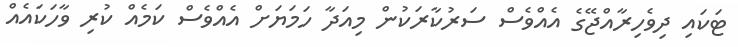
ޓަކައި ދިވެހިރާއްޖޭގެ އެއްވެސް ސަރުކާރަކުން މިއަދާ ހަމަޔަށް އެއްވެސް ކަމެއް ކުރި ވާހަކައެއް